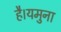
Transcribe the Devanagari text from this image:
है।यमुना